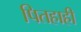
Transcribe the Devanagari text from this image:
पितहाही